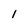
Character: 1